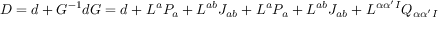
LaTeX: { \cal D } = d + G ^ { - 1 } d G = d + L ^ { a } P _ { a } + L ^ { a b } J _ { a b } + L ^ { a } P _ { a } + L ^ { a b } J _ { a b } + L ^ { \alpha \alpha ^ { \prime } I } Q _ { \alpha \alpha ^ { \prime } I }